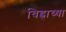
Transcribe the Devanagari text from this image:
चिह्नाच्या